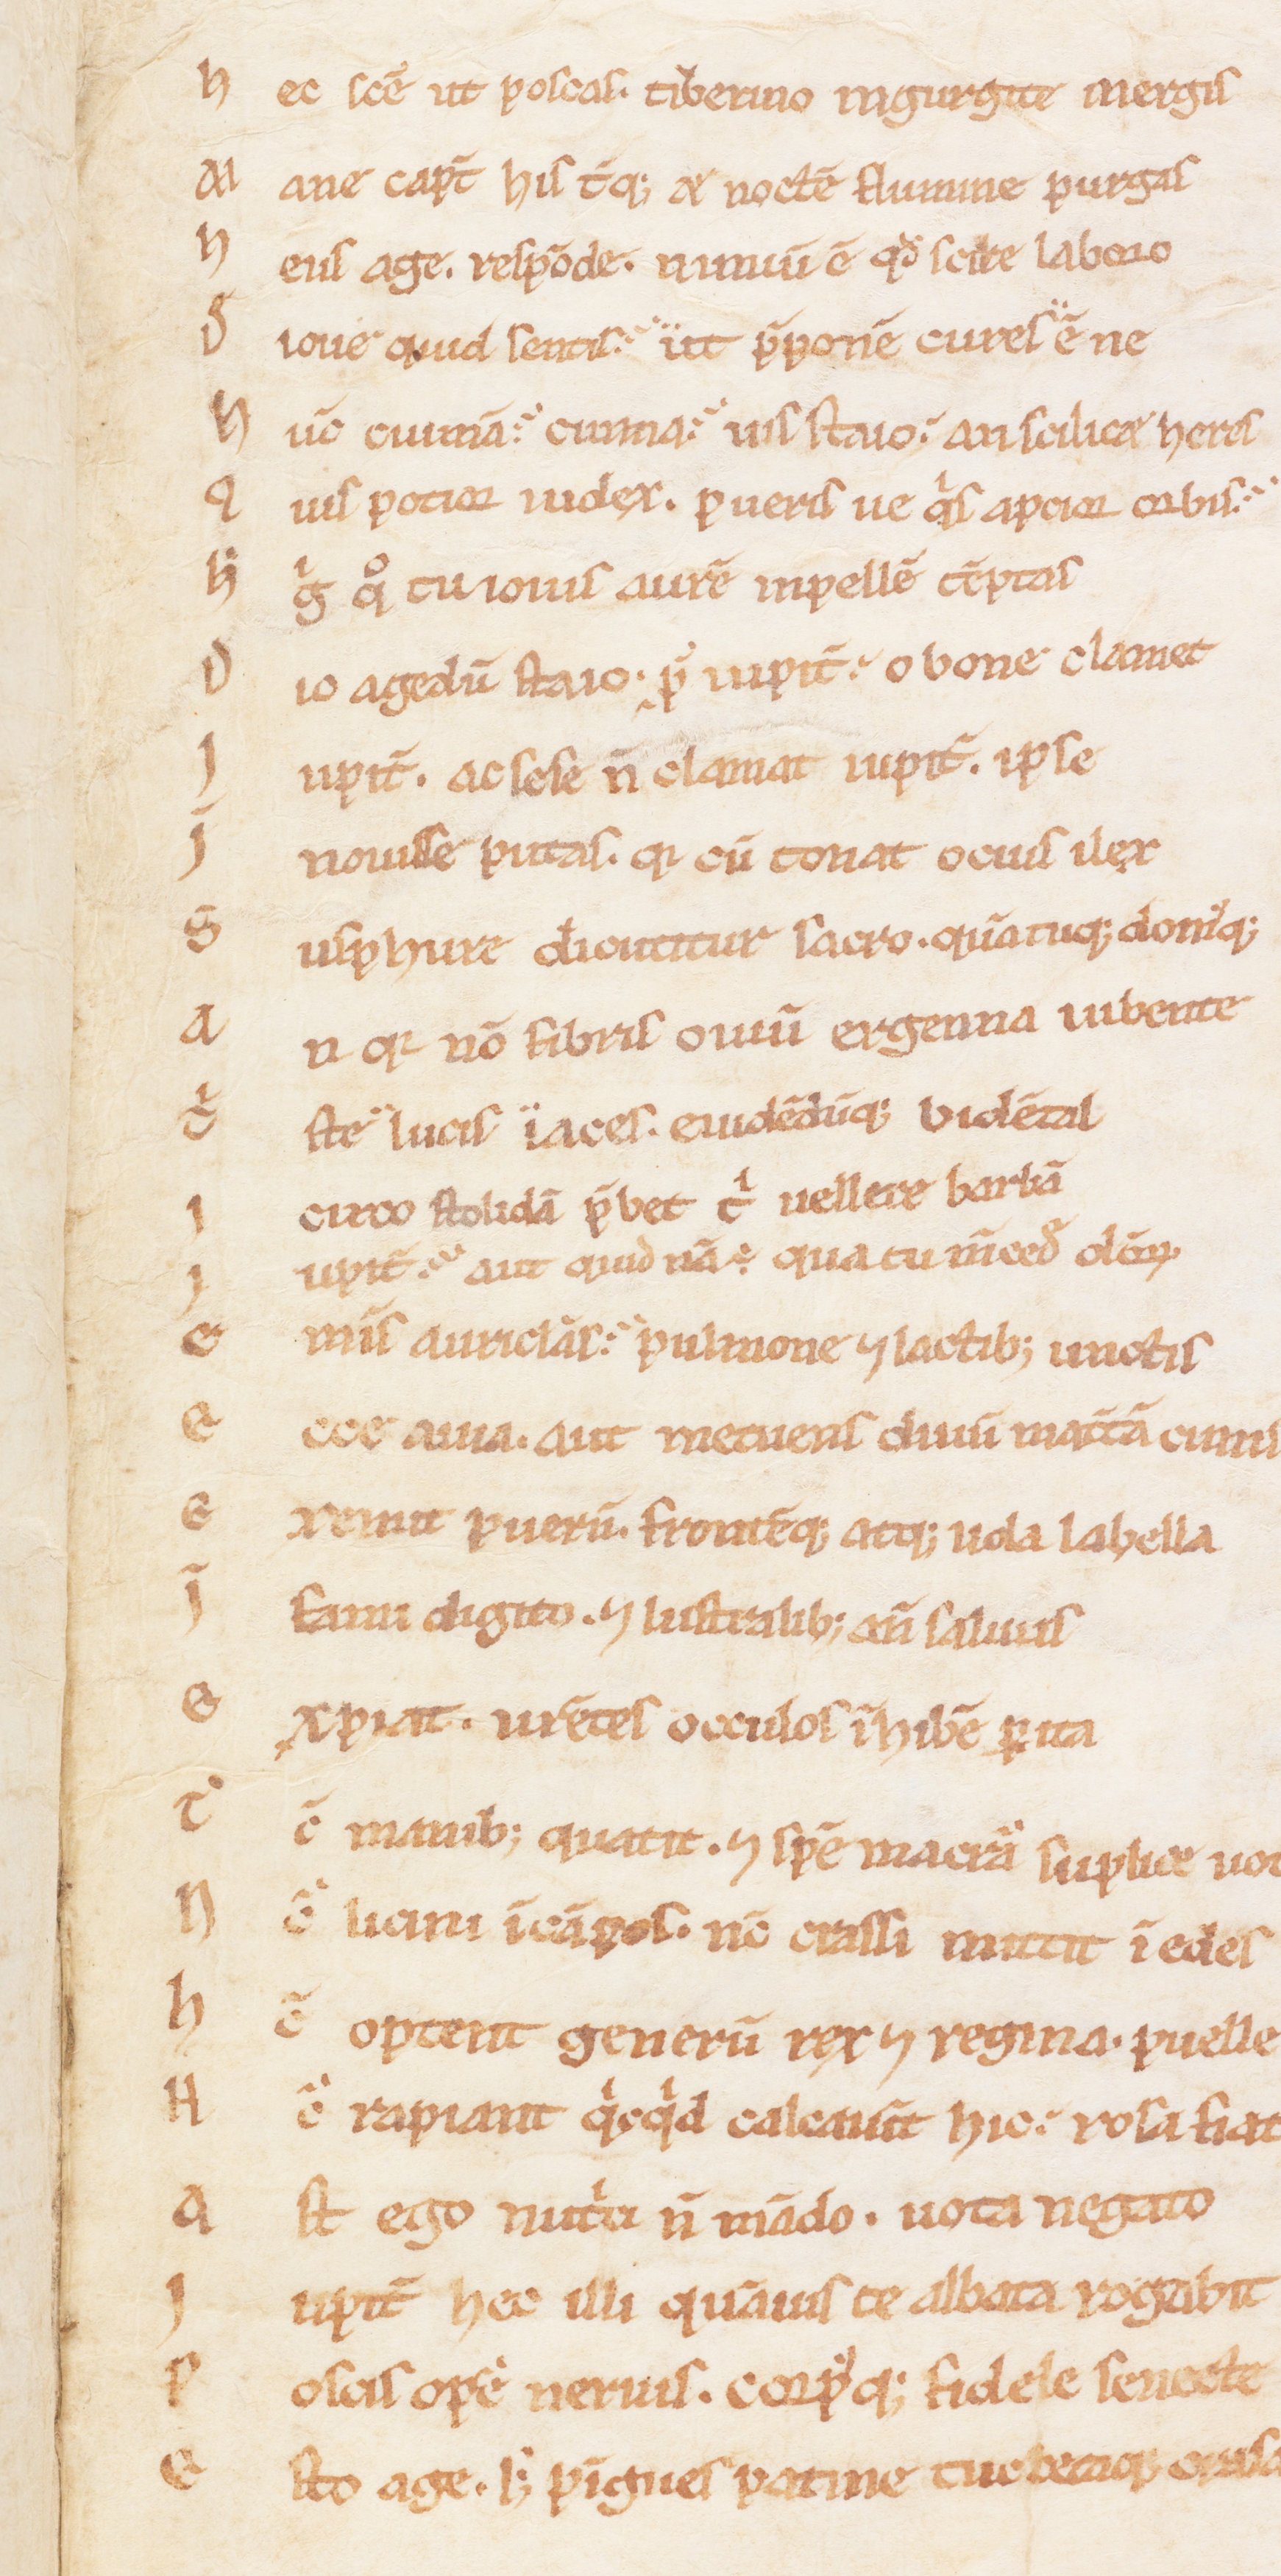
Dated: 1100–1199